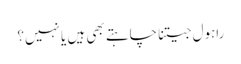
راہول جیتنا چاہتے بھی ہیں یا نہیں؟